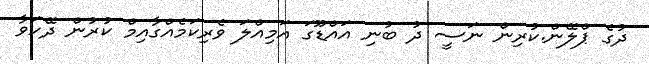
ދުގެ ޕްލޭން.ކުރިން ނަސީ ދު ބުނި އައްޑޫގަ އަމިއްލަ ވެރިކަމެއްގާއިމް ކުރުން ދޭހަވާ